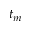
t _ { m }